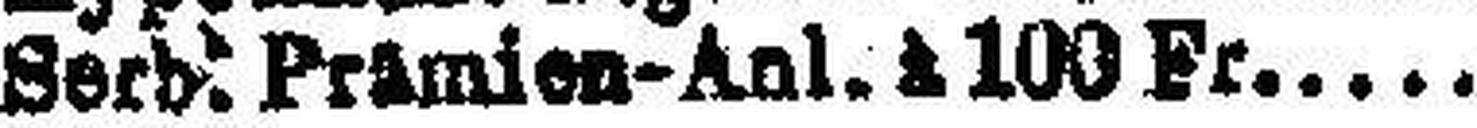
Serb. Prämien-Anl. à 100 Fr 2